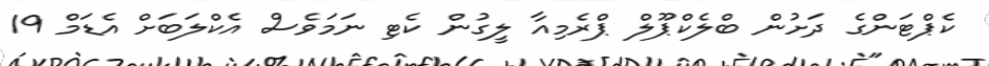
ކެޕްޓަންގެ ދަށުން ބްލެކްޕޫލް ޕްރެމިއާ ލީގުން ކެޓި ނަމަވެސް އެކްލަބަށް އެޑަމް 19